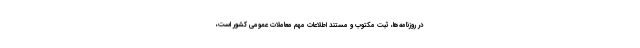
در روزنامه­‌ها، ثبت مکتوب و مستند اطلاعات مهم معاملات عمومی کشور است،